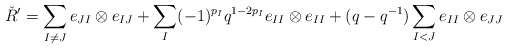
\begin{align*}\check{R}^{\prime}=\sum_{I\neq J}e_{JI}\otimes e_{IJ}+\sum_{I}(-1)^{p_{I}}q^{1-2p_{I}}e_{II}\otimes e_{II}+(q-q^{-1})\sum_{I<J}e_{II}\otimes e_{JJ}\end{align*}